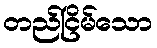
တည်ငြိမ်သော